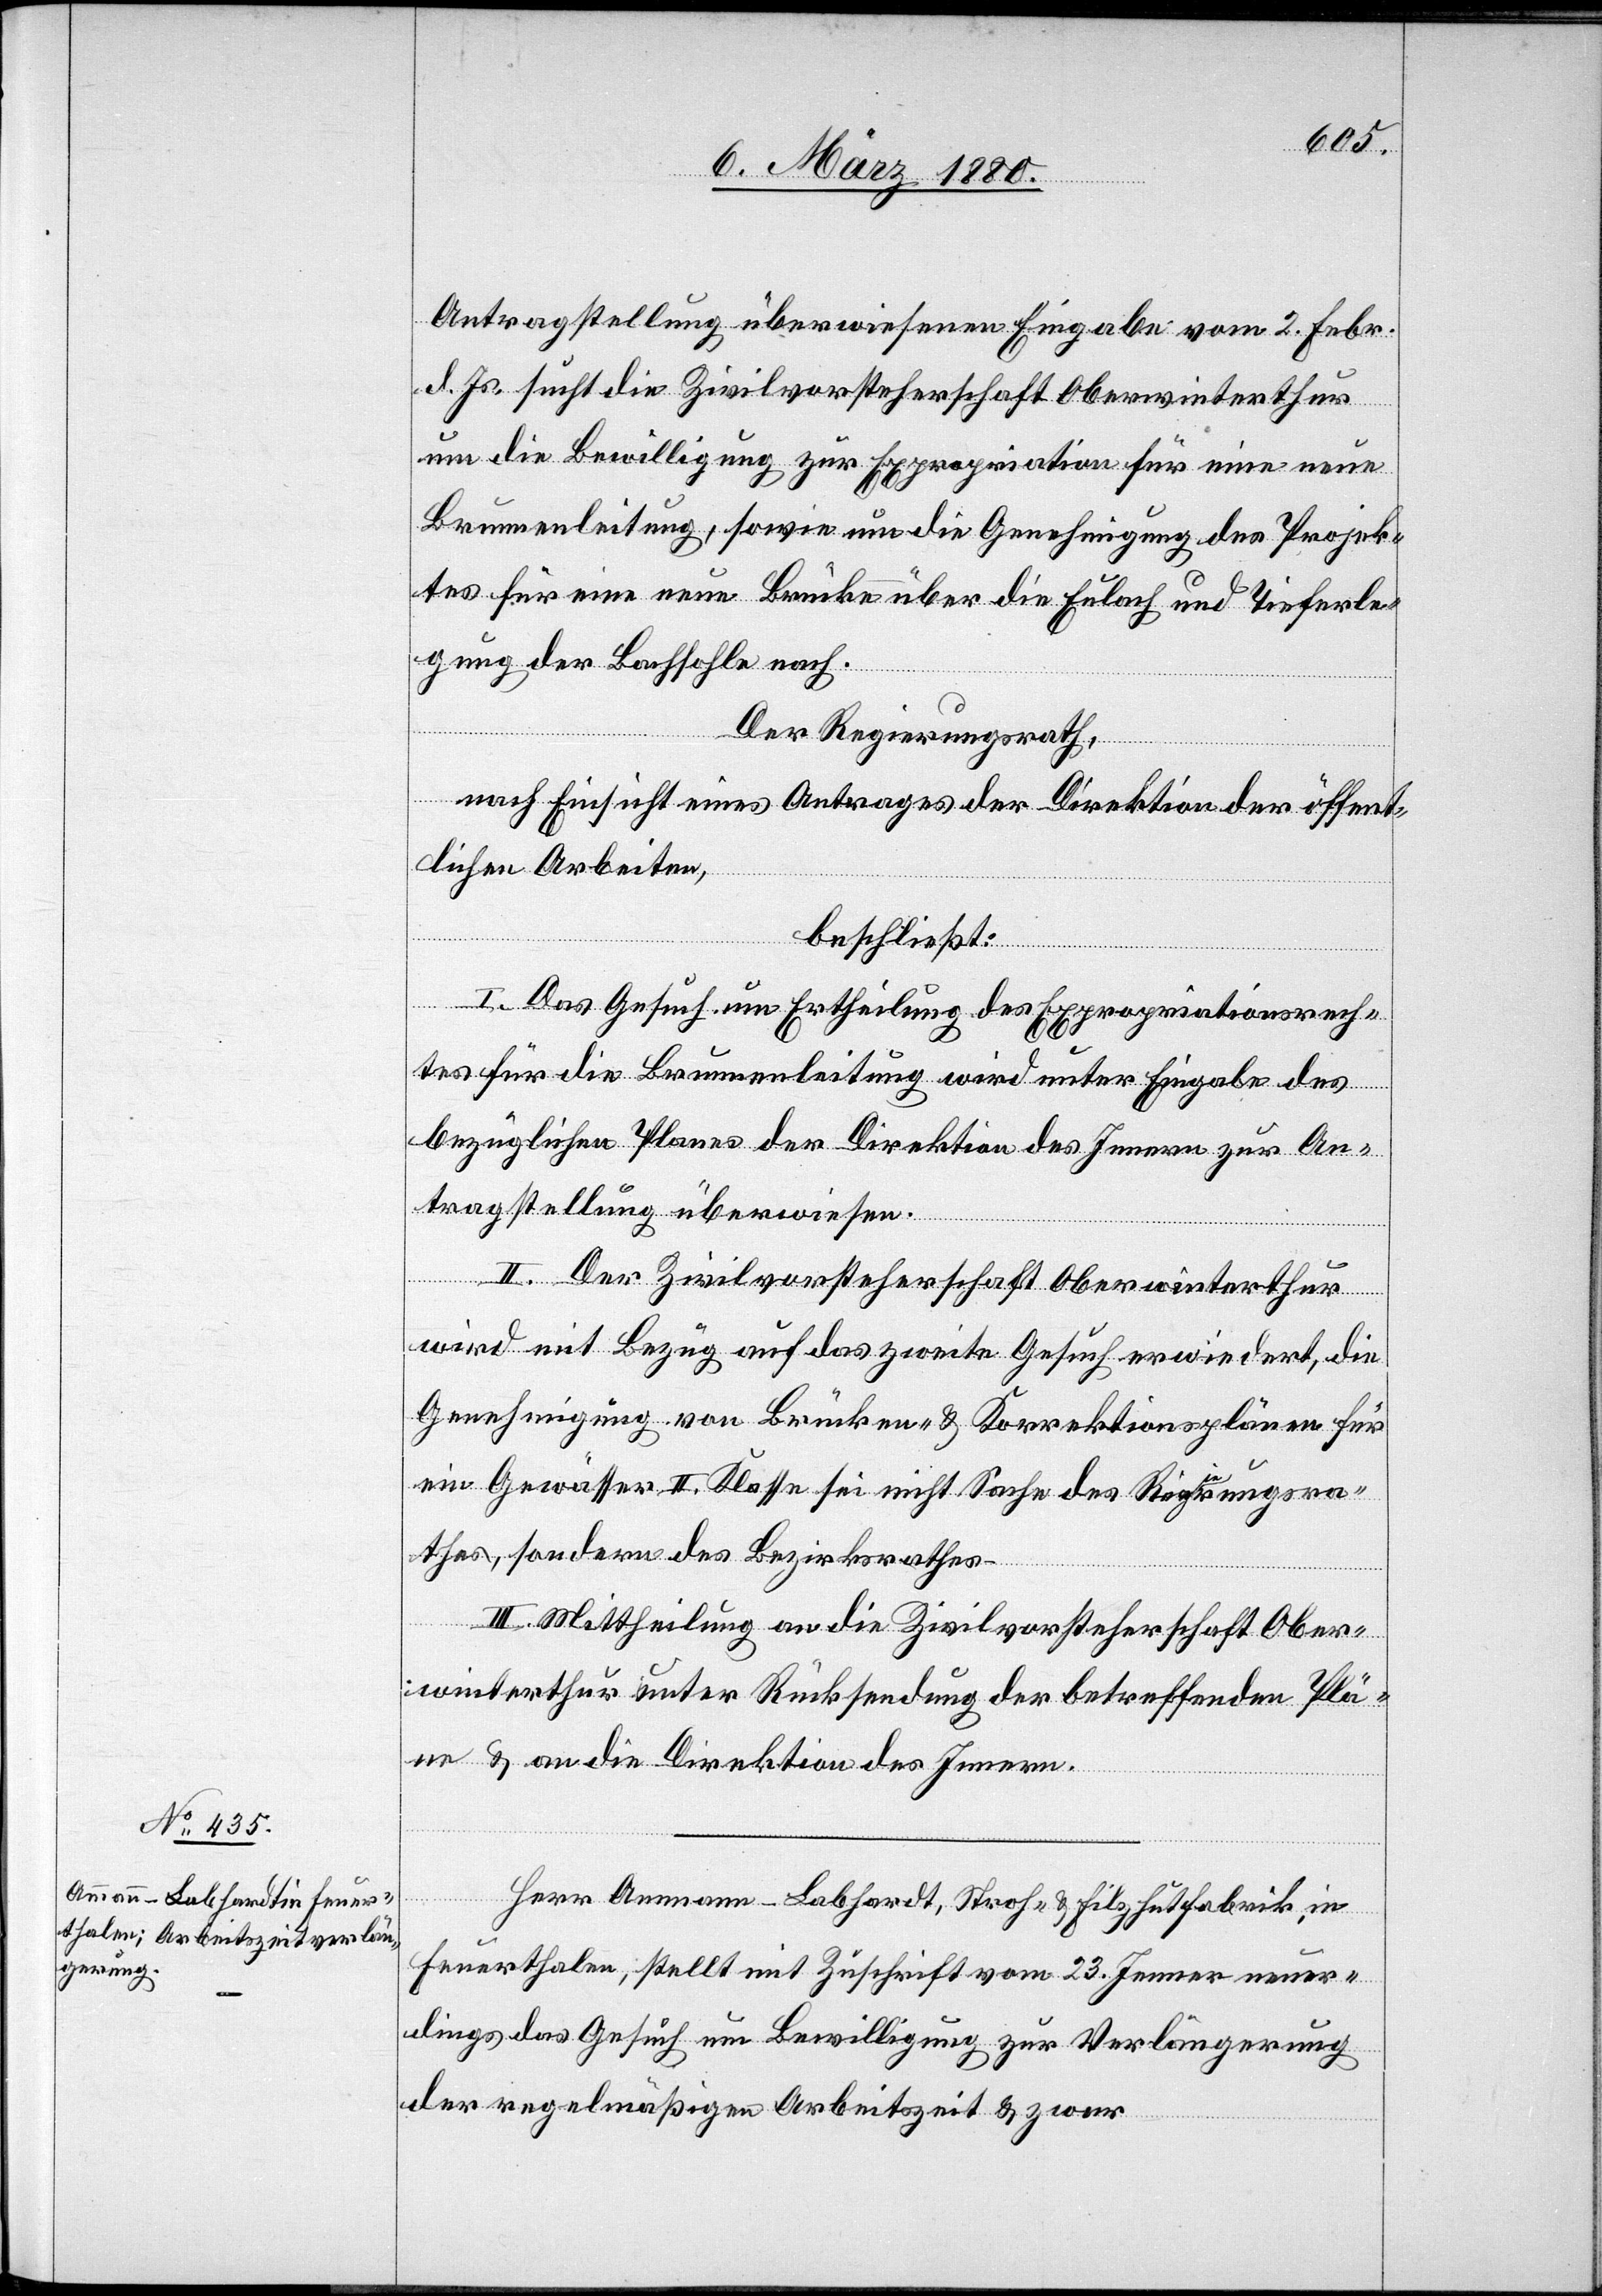
Antragstellung überwiesenen Eingabe vom 2. Febr.
d. Js. sucht die Zivilvorsteherschaft Oberwinterthur
um die Bewilligung zur Expropriation für eine neue
Brunnenleitung, sowie um die Genehmigung des Projek¬
tes für eine neue Brücke über die Eulach und Tieferle¬
gung der Bachsohle nach.
Der Regierungsrath,
nach Einsicht eines Antrages der Direktion der öffent¬
lichen Arbeiten,
beschließt:
I. Das Gesuch um Ertheilung des Expropriationsrech¬
tes für die Brunnenleitung wird unter Eingabe des
bezüglichen Planes der Direktion des Innern zur An¬
tragstellung überwiesen.
II. Der Zivilvorsteherschaft Oberwinterthur
wird mit Bezug auf das zweite Gesuch erwiedert, die
Genehmigung von Brücken- & Korrektionsplänen für
ein Gewässer II. Klasse sei nicht Sache des Regierungsra¬
thes, sondern des Bezirksrathes.
III. Mittheilung an die Zivilvorsteherschaft Ober¬
winterthur unter Rücksendung der betreffenden Plä¬
ne & an die Direktion des Innern.
Herr Ammann-Labhardt, Stroh- & Filzhutfabrik, in
Feuerthalen, stellt mit Zuschrift vom 23. Jenner neuer¬
dings das Gesuch um Bewilligung zur Verlängerung
der regelmäßigen Arbeitszeit & zwar